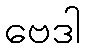
ဗေဒါ